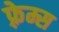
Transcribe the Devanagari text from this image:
फ़्रेम्स